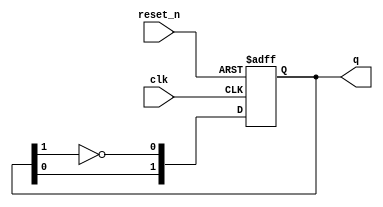
module dual_stage_johnson_counter (
    input wire clk,       // Clock signal
    input wire reset_n,   // Active-low reset signal
    output reg [1:0] q    // 2-bit output representing the counter state
);

    // State transitions logic
    always @(posedge clk or negedge reset_n) begin
        if (!reset_n) begin
            q <= 2'b00;  // Reset the counter to initial state 00
        end else begin
            // Johnson counter logic
            q[0] <= ~q[1]; // D0 = ~Q1
            q[1] <= q[0];  // D1 = Q0
        end
    end

endmodule